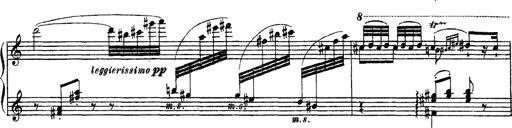
Title: Apparitions
Composer: Franz Liszt